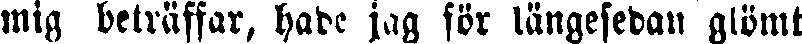
mig beträffar, hade jag för längesedan glömt